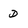
Character: D